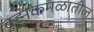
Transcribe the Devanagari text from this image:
ब्रह्मकमळातील